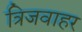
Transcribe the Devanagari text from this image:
त्रिजवाहर